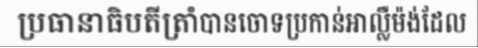
ប្រធានាធិបតីត្រាំបានចោទប្រកាន់អាល្លឺម៉ង់ដែល